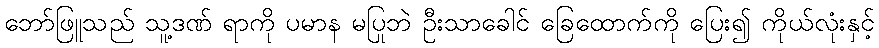
ဘော်ဖြူသည် သူ့ဒဏ် ရာကို ပမာန မပြုဘဲ ဦးသာခေါင် ခြေထောက်ကို ပြေး၍ ကိုယ်လုံးနှင့်